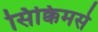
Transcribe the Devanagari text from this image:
सिक्किमसे